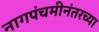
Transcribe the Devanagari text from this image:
नागपंचमीनंतरच्या